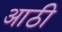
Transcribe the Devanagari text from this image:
आठी